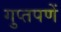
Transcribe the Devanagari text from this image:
गुप्‍तपणें